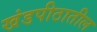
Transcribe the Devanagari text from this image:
खंडपीठातील